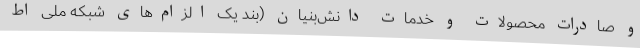
و صادرات محصولات و خدمات دانش‌بنیان (بند یک الزام‌های شبکه ملی اط